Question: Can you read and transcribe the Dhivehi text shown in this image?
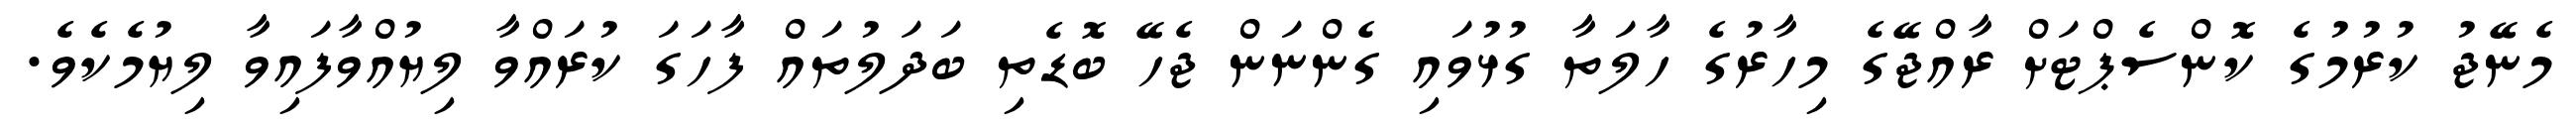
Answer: މެނޭޖު ކުރުމުގެ ކޮންސެޕްޓަށް ރާއްޖޭގެ މިހާރުގެ ހާލަތާ ގުޅުވައި ގެންނަން ޖެހޭ ބޮޑެތި ބަދަލުތައް ފާހަގަ ކުރައްވާ ލިޔުއްވާފައިވާ ލިޔުމެކެވެ.